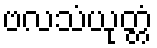
ဗလသံယုတ္တံ